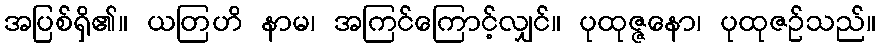
အပြစ်ရှိ၏။ ယတြဟိ နာမ၊ အကြင်ကြောင့်လျှင်။ ပုထုဇ္ဇနော၊ ပုထုဇဉ်သည်။